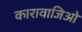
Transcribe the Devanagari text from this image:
कारावाजिओ